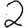
Digit: 2